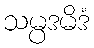
သမ္ပဒမိဒံ